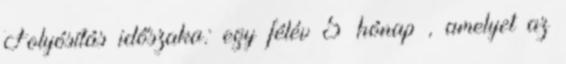
Folyósítás időszaka: egy félév 5 hónap , amelyet az